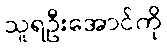
သူရဦးအောင်ကို